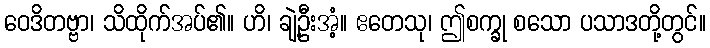
ဝေဒိတဗ္ဗာ၊ သိထိုက်အပ်၏။ ဟိ၊ ချဲ့ဦးအံ့။ ဧတေသု၊ ဤစက္ခု စသော ပသာဒတို့တွင်။